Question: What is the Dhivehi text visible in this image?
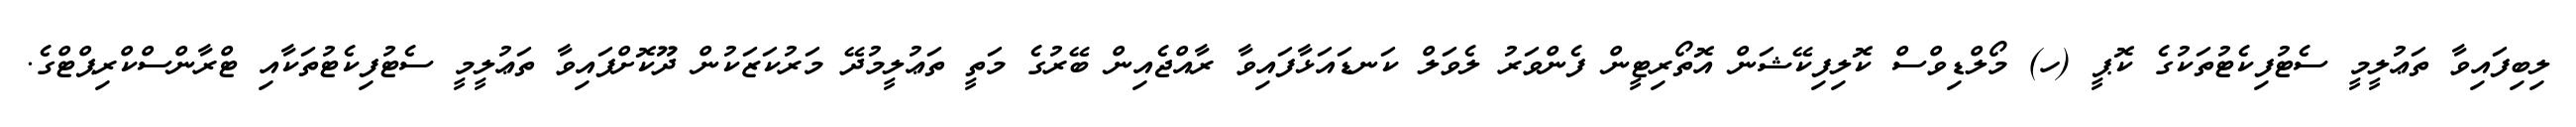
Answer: ލިބިފައިވާ ތަޢުލީމީ ސެޓުފިކެޓުތަކުގެ ކޮޕީ (ހ) މޯލްޑިވްސް ކޮލިފިކޭޝަން އޮތޯރިޓީން ފެންވަރު ލެވަލް ކަނޑައަޅާފައިވާ ރާއްޖެއިން ބޭރުގެ މަތީ ތަޢުލީމުދޭ މަރުކަޒަކުން ދޫކޮށްފައިވާ ތަޢުލީމީ ސެޓުފިކެޓުތަކާއި ޓްރާންސްކްރިޕްޓްގެ.